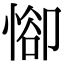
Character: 𢜭